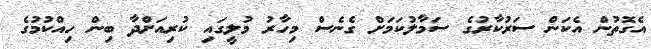
އެގޮތުން އެކަން ސަރުކާރުގެ ސަމާލުކަމަށް ގެނެސް މިހާރު މުލީގައި ކުރިއަށްދާ ބިން ހިއްކުމުގެ